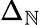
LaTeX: \Delta_{\mathbb{N}}